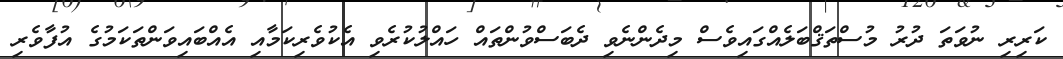
ކަރިރި ނުވަތަ ދުރު މުސްތަޤްބަލެއްގައިވެސް މިދެންނެވި ދެބަސްވުންތައް ހައްލުކުރެވި އެކުވެރިކަމާއި އެއްބައިވަންތަކަމުގެ އުފާވެރި